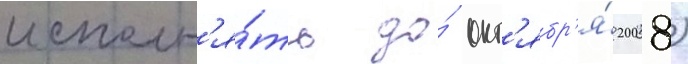
исполн'я́ть до́ окт'ябр'я́ 2008)